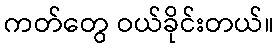
ကတ်တွေ ဝယ်ခိုင်းတယ်။